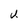
Character: U